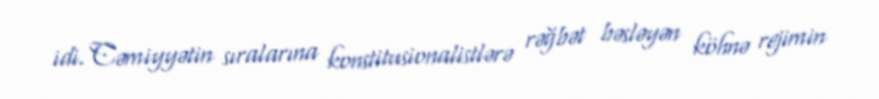
idi. Cəmiyyətin sıralarına konstitusionalistlərə rəğbət bəsləyən köhnə rejimin